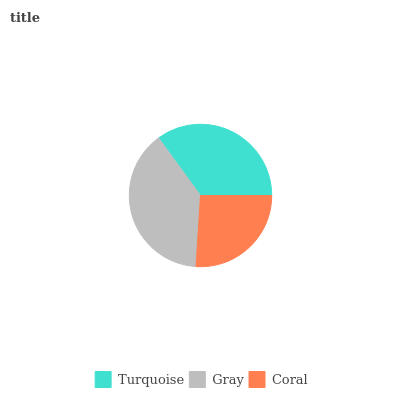
| Turquoise | Gray | Coral |
 | --- | --- | --- |
 | 35% | 39% | 26% |